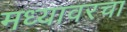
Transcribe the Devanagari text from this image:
मध्यावरचा